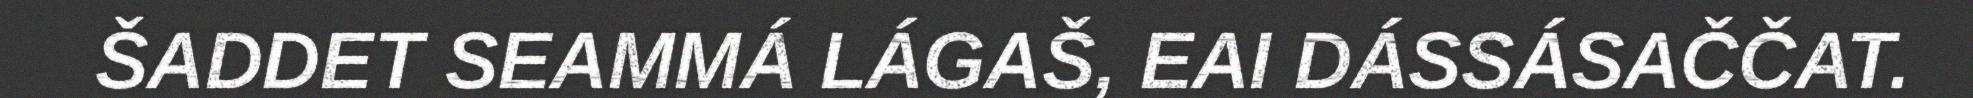
ŠADDET SEAMMÁ LÁGAŠ, EAI DÁSSÁSAČČAT.